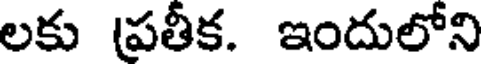
లకు (ప్రతీక. ఇందులోని